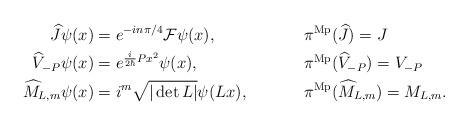
LaTeX: \begin{align*}\widehat{J}\psi(x) & =e^{-in\pi/4} \mathcal{F} \psi(x),& & \pi^{\operatorname*{Mp}}(\widehat{J})=J\\\widehat{V}_{-P}\psi(x) & =e^{\frac{i}{2\hbar}Px^{2}}\psi(x),& & \pi^{\operatorname*{Mp}}(\widehat{V}_{-P})=V_{-P}\\\widehat{M}_{L,m}\psi(x) & =i^{m}\sqrt{|\det L|}\psi(Lx),& &\pi^{\operatorname*{Mp}}(\widehat{M}_{L,m})=M_{L,m}.\end{align*}